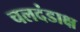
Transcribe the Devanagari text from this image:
चलदंडाक्ष